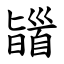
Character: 䭬